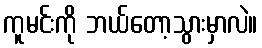
ကူမင်းကို ဘယ်တော့သွားမှာလဲ။